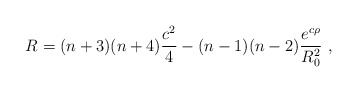
\begin{align*}R=(n+3)(n+4)\frac{c^2}{4} -(n-1)(n-2)\frac{e^{c \rho}}{R_0^2}~,\end{align*}